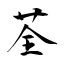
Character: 荃